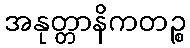
အနုတ္တာနိကတဉ္စ